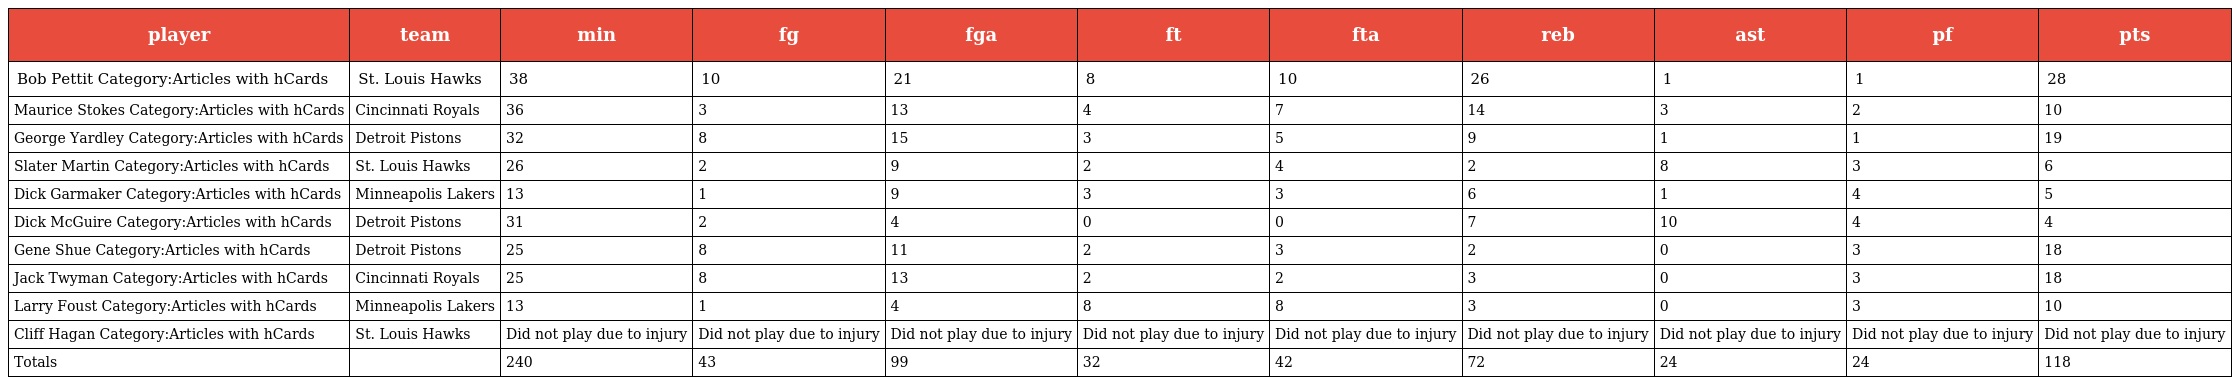
| player | team | min | fg | fga | ft | fta | reb | ast | pf | pts |
 | --- | --- | --- | --- | --- | --- | --- | --- | --- | --- | --- |
 | Bob Pettit Category:Articles with hCards | St. Louis Hawks | 38 | 10 | 21 | 8 | 10 | 26 | 1 | 1 | 28 |
 | Maurice Stokes Category:Articles with hCards | Cincinnati Royals | 36 | 3 | 13 | 4 | 7 | 14 | 3 | 2 | 10 |
 | George Yardley Category:Articles with hCards | Detroit Pistons | 32 | 8 | 15 | 3 | 5 | 9 | 1 | 1 | 19 |
 | Slater Martin Category:Articles with hCards | St. Louis Hawks | 26 | 2 | 9 | 2 | 4 | 2 | 8 | 3 | 6 |
 | Dick Garmaker Category:Articles with hCards | Minneapolis Lakers | 13 | 1 | 9 | 3 | 3 | 6 | 1 | 4 | 5 |
 | Dick McGuire Category:Articles with hCards | Detroit Pistons | 31 | 2 | 4 | 0 | 0 | 7 | 10 | 4 | 4 |
 | Gene Shue Category:Articles with hCards | Detroit Pistons | 25 | 8 | 11 | 2 | 3 | 2 | 0 | 3 | 18 |
 | Jack Twyman Category:Articles with hCards | Cincinnati Royals | 25 | 8 | 13 | 2 | 2 | 3 | 0 | 3 | 18 |
 | Larry Foust Category:Articles with hCards | Minneapolis Lakers | 13 | 1 | 4 | 8 | 8 | 3 | 0 | 3 | 10 |
 | Cliff Hagan Category:Articles with hCards | St. Louis Hawks | Did not play due to injury | Did not play due to injury | Did not play due to injury | Did not play due to injury | Did not play due to injury | Did not play due to injury | Did not play due to injury | Did not play due to injury | Did not play due to injury |
 | Totals |  | 240 | 43 | 99 | 32 | 42 | 72 | 24 | 24 | 118 |